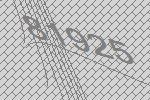
81925